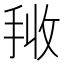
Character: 𭠰